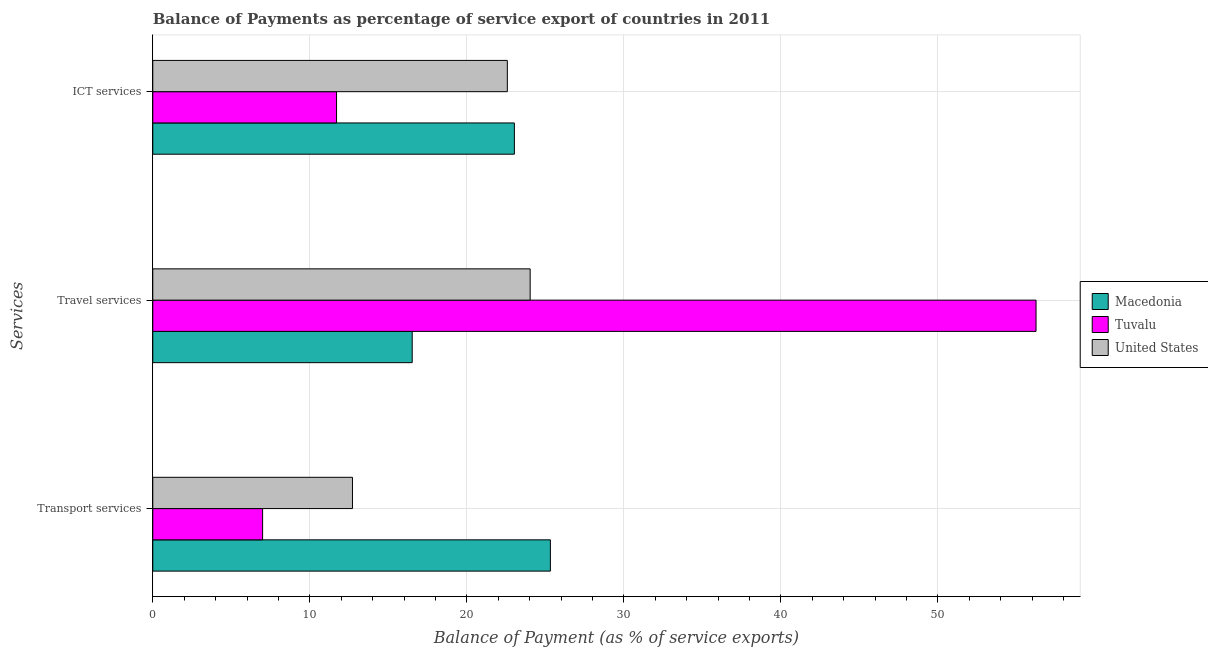
| Services | Macedonia | Tuvalu | United States |
 | --- | --- | --- | --- |
 | Transport services | 25.3 | 6.99 | 12.7 |
 | Travel services | 16.5 | 56.2 | 24 |
 | ICT services | 23 | 11.7 | 22.6 |